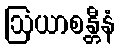
ဩယာစန္တီနံ